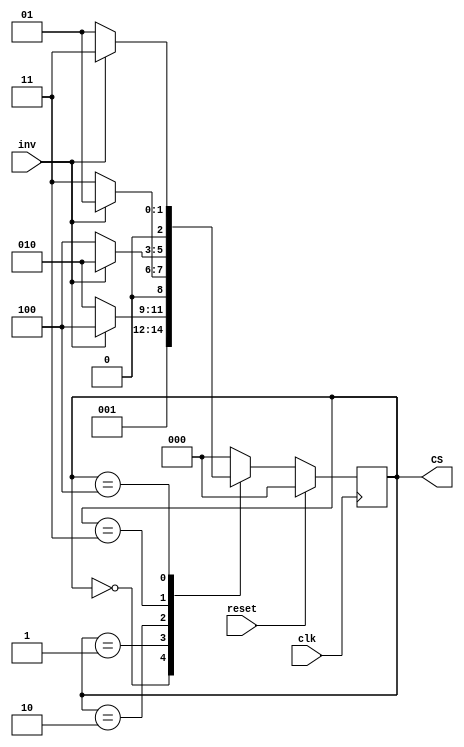
module SG(inv, reset, clk, CS);
input inv, reset, clk;          
reg [2:0] NS;                   //next state
output reg [2:0] CS;            //current state

always@(posedge clk)            //DFF
begin
	CS <= NS;
end

always@(reset or CS or inv)    //FSM
begin
	if(reset == 1'd1)           //reset=1next stateS0
		NS <= 3'd0;
	else 
	begin
		case(CS)
		3'd0 : NS <= 3'd1;       //reset=0S0S1
		3'd1 : begin
					if(inv == 1'd0) //inv=0S1S2
						NS <= 3'd2;
					else
						NS <= 3'd4;  //inv=1S1S4
				 end
				 
		3'd2 : begin
					if(inv == 1'd0) //inv=0S2S3
						NS <= 3'd3;
					else
						NS <= 3'd1;  //inv=1S2S1
				 end
				 
		3'd3 : begin
					if(inv == 1'd0) //inv=0S3S4
						NS <= 3'd4;
					else
						NS <= 3'd2;  //inv=1S3S2
				 end
				 
		3'd4 : begin
					if(inv == 1'd0) //inv=0S4S1
						NS <= 3'd1;
					else
						NS <= 3'd3;  //inv=1S4S3
				 end
		default : NS <= 3'd0;    //latchdefault
		endcase
	end
end

endmodule